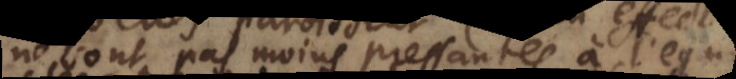
ne sont pas moins pressantes à l’egard